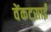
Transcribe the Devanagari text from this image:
वेंकटसाईं